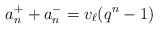
LaTeX: \begin{align*} a_n^+ + a_n^- = v_\ell(q^n - 1)\end{align*}